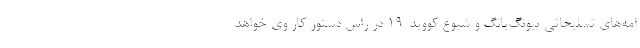
امه‌های تسلیحاتی پیونگ‌یانگ و شیوع کووید-۱۹ در راس دستور کار وی خواهد